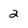
Character: 2